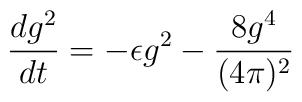
\frac{d g^2}{d t}=- \epsilon g^2 - \frac{8 g^4}{(4 \pi)^2}